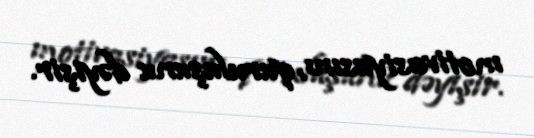
motivasiyasını, quruluşunu dəyişir.